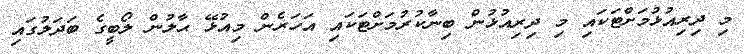
މި ދިރިއުޅުމަށްޓަކައި މި ދިރިއުޅުން ބިނާކުރުމަށްޓަކައި އަހަރެން މިއުޅޭ ޙާލުން ލޯބީގެ ބަދަލުގައި